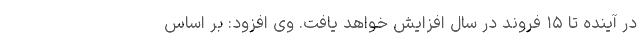
در آینده تا ۱۵ فروند در سال افزایش خواهد یافت. وی افزود: بر اساس